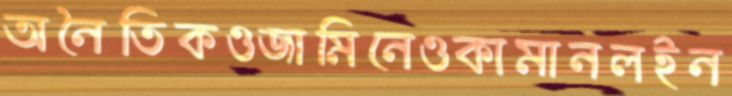
অনৈতিকওজামিনেওকামানলইন